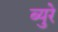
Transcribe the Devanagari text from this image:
ब्युरे